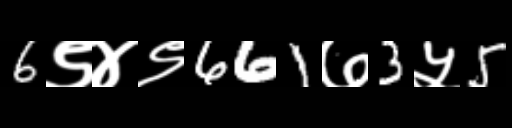
Text: 6९४९661७3५5